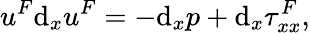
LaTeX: u^{F}\textrm{d}_{x}u^{F}=-\textrm{d}_{x}p+\textrm{d}_{x}\tau_{xx}^{F},